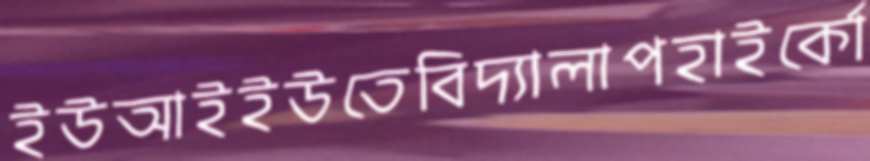
ইউআইইউতেবিদ্যালাপহাইর্কো